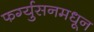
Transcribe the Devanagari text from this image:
फर्ग्युसनमधून